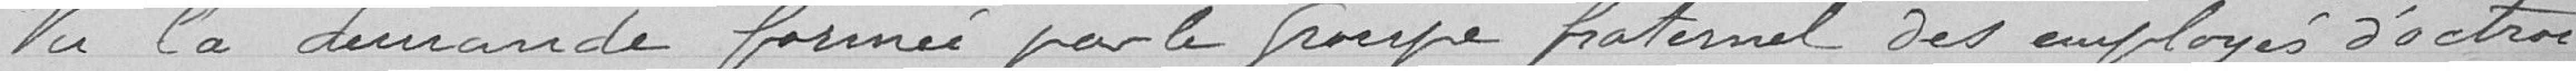
Vu la demande formée par le groupe fraternel des employés d'octroi